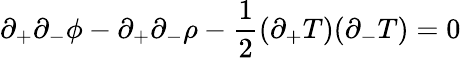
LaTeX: \partial_{+}\partial_{-}\phi-\partial_{+}\partial_{-}\rho-\frac{1}{2}(\partial_{+}T)(\partial_{-}T)=0